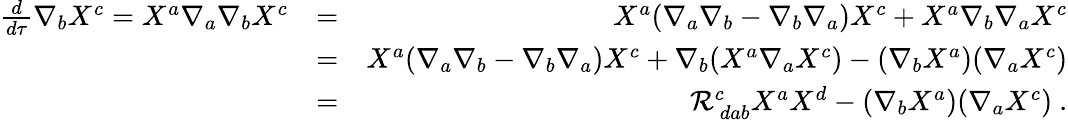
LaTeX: \begin{array}{rlr}{\frac{d}{d\tau}\nabla_{b}X^{c}=X^{a}\nabla_{a}\nabla_{b}X^{c}}&{=}&{X^{a}(\nabla_{a}\nabla_{b}-\nabla_{b}\nabla_{a})X^{c}+X^{a}\nabla_{b}\nabla_{a}X^{c}}\\ &{=}&{X^{a}(\nabla_{a}\nabla_{b}-\nabla_{b}\nabla_{a})X^{c}+\nabla_{b}(X^{a}\nabla_{a}X^{c})-(\nabla_{b}X^{a})(\nabla_{a}X^{c})}\\ &{=}&{\mathcal{R}_{\ dab}^{c}X^{a}X^{d}-(\nabla_{b}X^{a})(\nabla_{a}X^{c})\ .}\end{array}